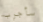
سأجرب